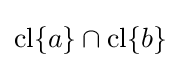
\operatorname {cl} \{a\}\cap \operatorname {cl} \{b\}